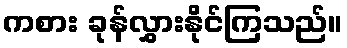
ကစား ခုန်လွှားနိုင်ကြသည်။